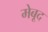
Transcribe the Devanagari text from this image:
मेबूद